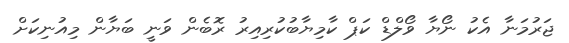
ޖަރުމަނާ އެކު ނޯޔާ ވޯލްޑް ކަޕް ކާމިޔާބުކުރިއިރު ރޮބެން ވަނީ ބަޔާން މިއުނިކަށް